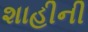
શાહીની